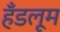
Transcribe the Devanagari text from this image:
हँडलूम